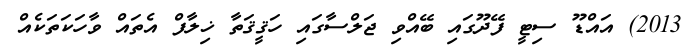
2013) އައްޑޫ ސިޓީ ފޭދޫގައި ބޭއްވި ޖަލްސާގައި ހަޤީޤަތާ ޚިލާފް އެތައް ވާހަކަތަކެއް